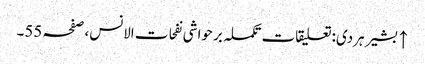
↑ بشیر ہردی: تعلیقات تکملہ بر حواشی نفحات الانس، صفحہ 55۔